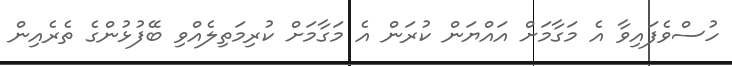
ހުސްވެފައިވާ އެ މަގާމަށް އައްޔަން ކުރަން އެ މަގާމަށް ކުރިމަތިލެއްވި ބޭފުޅުންގެ ތެރެއިން